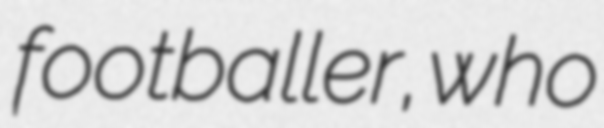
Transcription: footballer, who